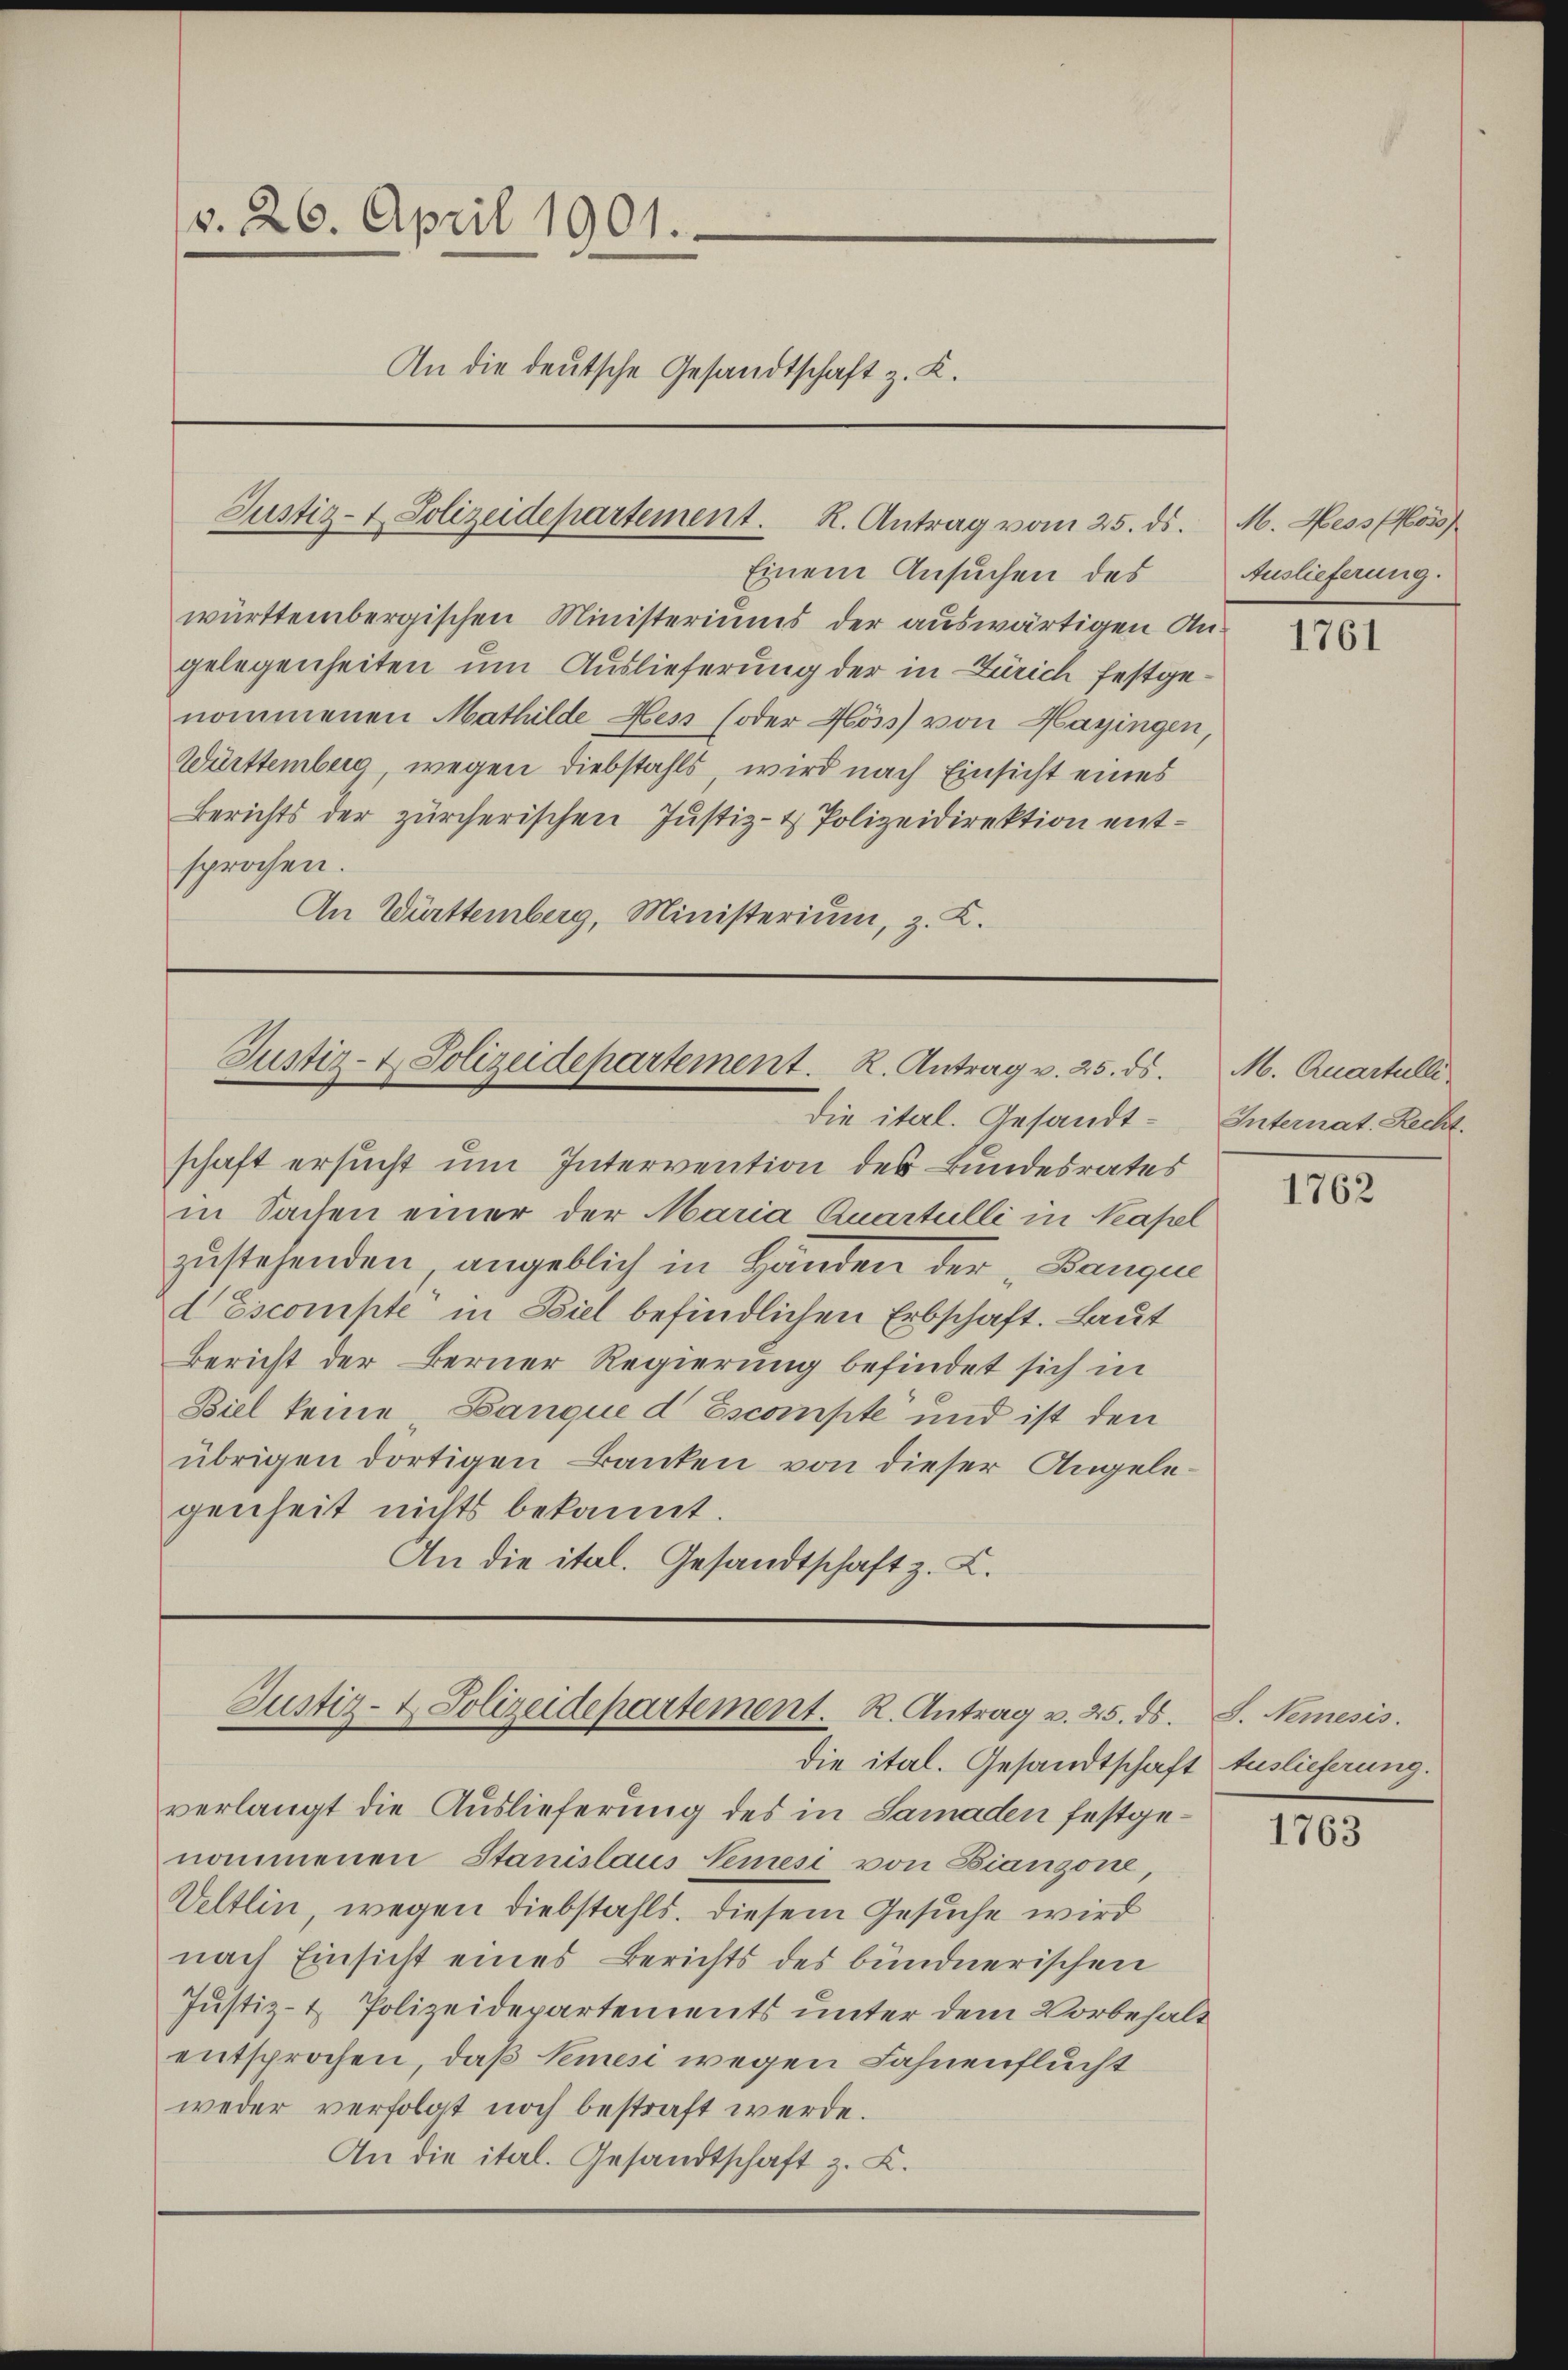
v. 26. April 1901.
An die deutsche Gesandtschaft z. K.

Justiz- & Polizeidepartement. R. Antrag vom 25. ds.

Einem Ansuchen des Auslieferung.
württembergischen Ministeriums der auswärtigen Angelegenheiten um Auslieferung der in Zürich festgenommenen Mathilde Hess (oder Höss) von Hagingen,
Württemberg, wegen Diebstahls, wird nach Einsicht eines
Berichts der zürcherischen Justiz- & Polizeidirektion entsprochen.
An Württemberg, Ministerium, z. K.

Justiz- & Polizeidepartement. R. Antrag v. 25. ds.
die iterl. Gesandt¬

schaft ersucht um Intervention des Bundesrates
in Sachen einer der Maria Quartulli in Kapel
zustehenden angeblich in Händen der „Banque
d Escompte in Biel befindlichen Erbschaft. Laut
Bericht der Berner Regierung befindet sich in
Biel keine „Banque d Escompte und ist den
übrigen dortigen Banken von dieser Angelegenheit nichts bekannt.
An die ital. Gesandtschaft z. K.

Justiz- & Polizeidepartement. R. Antrag v. 25. ds.

die ital. Gesandtschaft Auslieferung.
verlangt die Auslieferung des in Samaden festgenommenen Stanislaus Nemesi von Bianzone,
Veltlin, wegen Diebstahls. Diesem Gesuche wird
nach Einsicht eines Berichts des bündnerischen
Justiz- & Polizeidepartements unter dem Vorbehalt
entsprochen, daß Seien wegen Fahnenflucht
weder verfolgt noch bestraft werde.
An die ital. Gesandtschaft z. K.

M. Hess Ross

1761

M. Quartalli
Internat. Recht.

1762

S. Nemesis.

1763